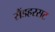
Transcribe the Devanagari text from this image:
सैंडहरसट